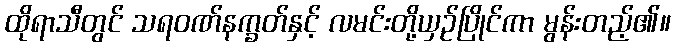
ထိုရာသီတွင် သရဝဏ်နက္ခတ်နှင့် လမင်းတို့ယှဉ်ပြိုင်ကာ မွန်းတည့်၏။